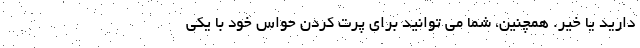
دارید یا خیر. همچنین، شما می توانید برای پرت کردن حواس خود با یکی